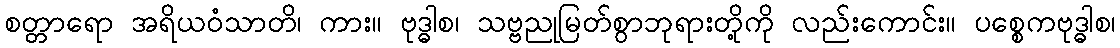
စတ္တာရော အရိယဝံသာတိ၊ ကား။ ဗုဒ္ဓါစ၊ သဗ္ဗညုမြတ်စွာဘုရားတို့ကို လည်းကောင်း။ ပစ္စေကဗုဒ္ဓါစ၊